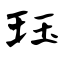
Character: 珏